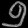
Digit: ၅